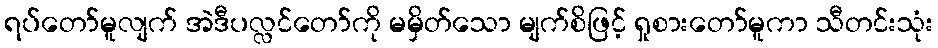
ရပ်တော်မူလျက် အဲဒီပလ္လင်တော်ကို မမှိတ်သော မျက်စိဖြင့် ရှုစားတော်မူကာ သီတင်းသုံး